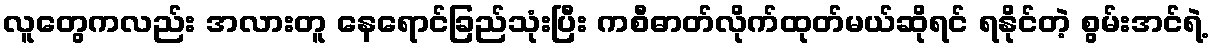
လူတွေကလည်း အလားတူ နေရောင်ခြည်သုံးပြီး ကစီဓာတ်လိုက်ထုတ်မယ်ဆိုရင် ရနိုင်တဲ့ စွမ်းအင်ရဲ့